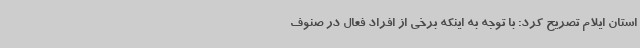
استان ایلام تصریح کرد: با توجه به اینکه برخی از افراد فعال در صنوف